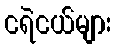
ငရဲငယ်များ